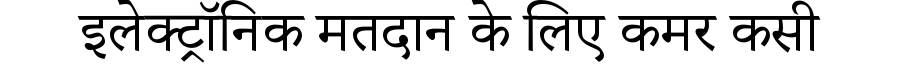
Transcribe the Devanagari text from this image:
इलेक्ट्रॉनिक मतदान के लिए कमर कसी